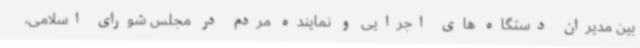
بین مدیران دستگاه های اجرایی و نماینده مردم در مجلس شورای اسلامی،